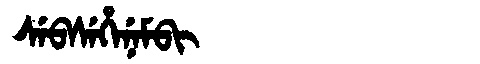
Manchu: ᠰᡝᠪᠰᡝᡥᡝᠨᡝᠮᠪᡳ
Romanization: SEBSEHENEMBI